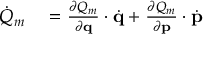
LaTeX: \begin{array} { r l } { { \dot { Q } } _ { m } } & { { } = { \frac { \partial Q _ { m } } { \partial \mathbf { q } } } \cdot { \dot { \mathbf { q } } } + { \frac { \partial Q _ { m } } { \partial \mathbf { p } } } \cdot { \dot { \mathbf { p } } } } \end{array}